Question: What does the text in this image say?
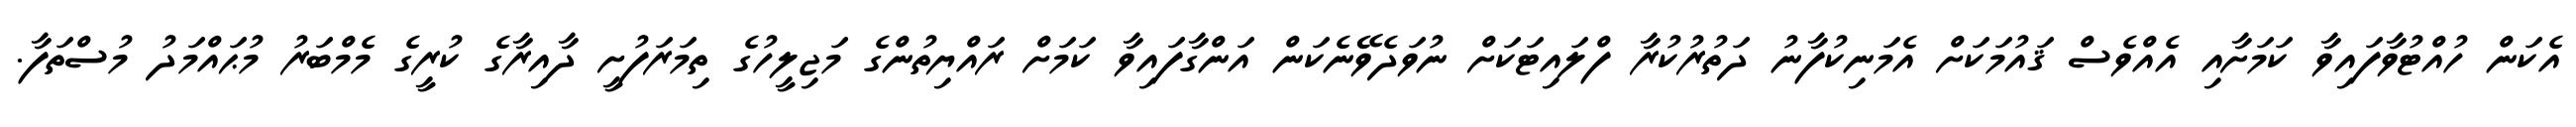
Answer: އެކަން ހުއްޓުވާފައިވާ ކަމަށާއި އެއްވެސް ޤައުމަކަށް އެމަނިކުފާނު ދަތުރުކުރާ ފްލައިޓަކަށް ނުވަދެވޭނެކަން އަންގާފައިވާ ކަމަށް ރައްޔިތުންގެ މަޖިލީހުގެ ތިމަރަފުށީ ދާއިރާގެ ކުރީގެ މެމްބަރު މުޙައްމަދު މުސްތަފާ.